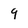
Character: 9